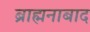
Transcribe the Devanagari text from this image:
ब्राह्मनाबाद